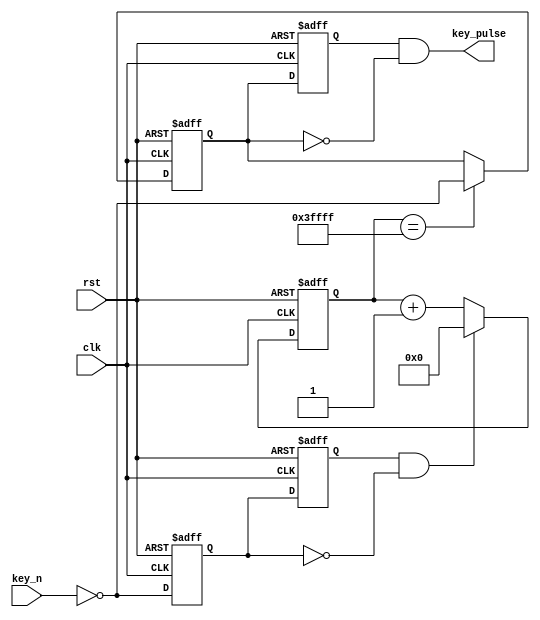
`timescale 1ns / 1ps
//////////////////////////////////////////////////////////////////////////////////
// Company: 
// Engineer: 
// 
// Design Name: 
// Module Name: debouncing
// Project Name: 
// Target Devices: 
// Tool Versions: 
// Description: 
// 
// Dependencies: 
// 
// Revision:
// Revision 0.01 - File Created
// Additional Comments:
// 
//////////////////////////////////////////////////////////////////////////////////




module debouncing (
    clk,
    rst,// 
    key_n,
    key_pulse
);
// 

    parameter       N  =  1;                      //
 
	input             clk;
    input             rst;                        //
    input 	[N-1:0]   key_n;                        //			
	output  [N-1:0]   key_pulse;                  //
    wire key;
    wire key_pulse_n;
    assign key = ~key_n;
        reg     [N-1:0]   key_rst_pre;                //
        reg     [N-1:0]   key_rst;                    //
 
        wire    [N-1:0]   key_edge;                   //
 
        //
        always @(posedge clk  or  negedge rst)
          begin
             if (!rst) begin
                 key_rst <= {N{1'b1}};                //key_rst1{}N1
                 key_rst_pre <= {N{1'b1}};
             end
             else begin
                 key_rst <= key;                     //keykey_rst,key_rstkey_rst_pre
                 key_rst_pre <= key_rst;             //key_rstkeykey_rst_prekey
             end    
           end
 
        assign  key_edge = key_rst_pre & (~key_rst);//keykey_edge
 
        reg	[21:0]	  cnt;                       //100MHz20ms21     
 
        //20mskey_edge
        always @(posedge clk or negedge rst)
           begin
             if(!rst)
                cnt <= 21'h0;
             else if(key_edge)
                cnt <= 21'h0;
             else
                cnt <= cnt + 1'h1;
             end  
 
        reg     [N-1:0]   key_sec_pre;                //
        reg     [N-1:0]   key_sec;                    
 
 
        //key
        always @(posedge clk  or  negedge rst)
          begin
             if (!rst) 
                 key_sec <= {N{1'b1}};                
             else if (cnt==18'h3ffff)
                 key_sec <= key;  
          end
       always @(posedge clk  or  negedge rst)
          begin
             if (!rst)
                 key_sec_pre <= {N{1'b1}};
             else                   
                 key_sec_pre <= key_sec;             
         end      
       assign  key_pulse = key_sec_pre & (~key_sec); 
    //    assign  key_pulse = ~key_pulse_n;    
 
endmodule